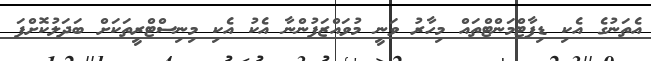
އެތަނުގެ އެކި ޑިޕާޓްމަންޓްތައް މިހާރު ވަނީ މުވައްޒަފުންނާ އެކު އެކި މިނިސްޓްރީތަކަށް ބަދަލުކޮށްފަ